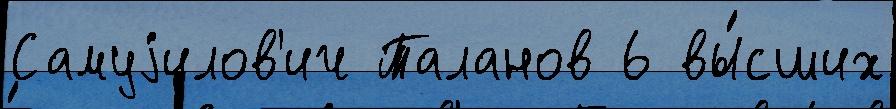
Самуjилов'ич Таланов 6 вы́сших